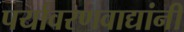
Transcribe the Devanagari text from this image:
पर्यावरणवाद्यांनी